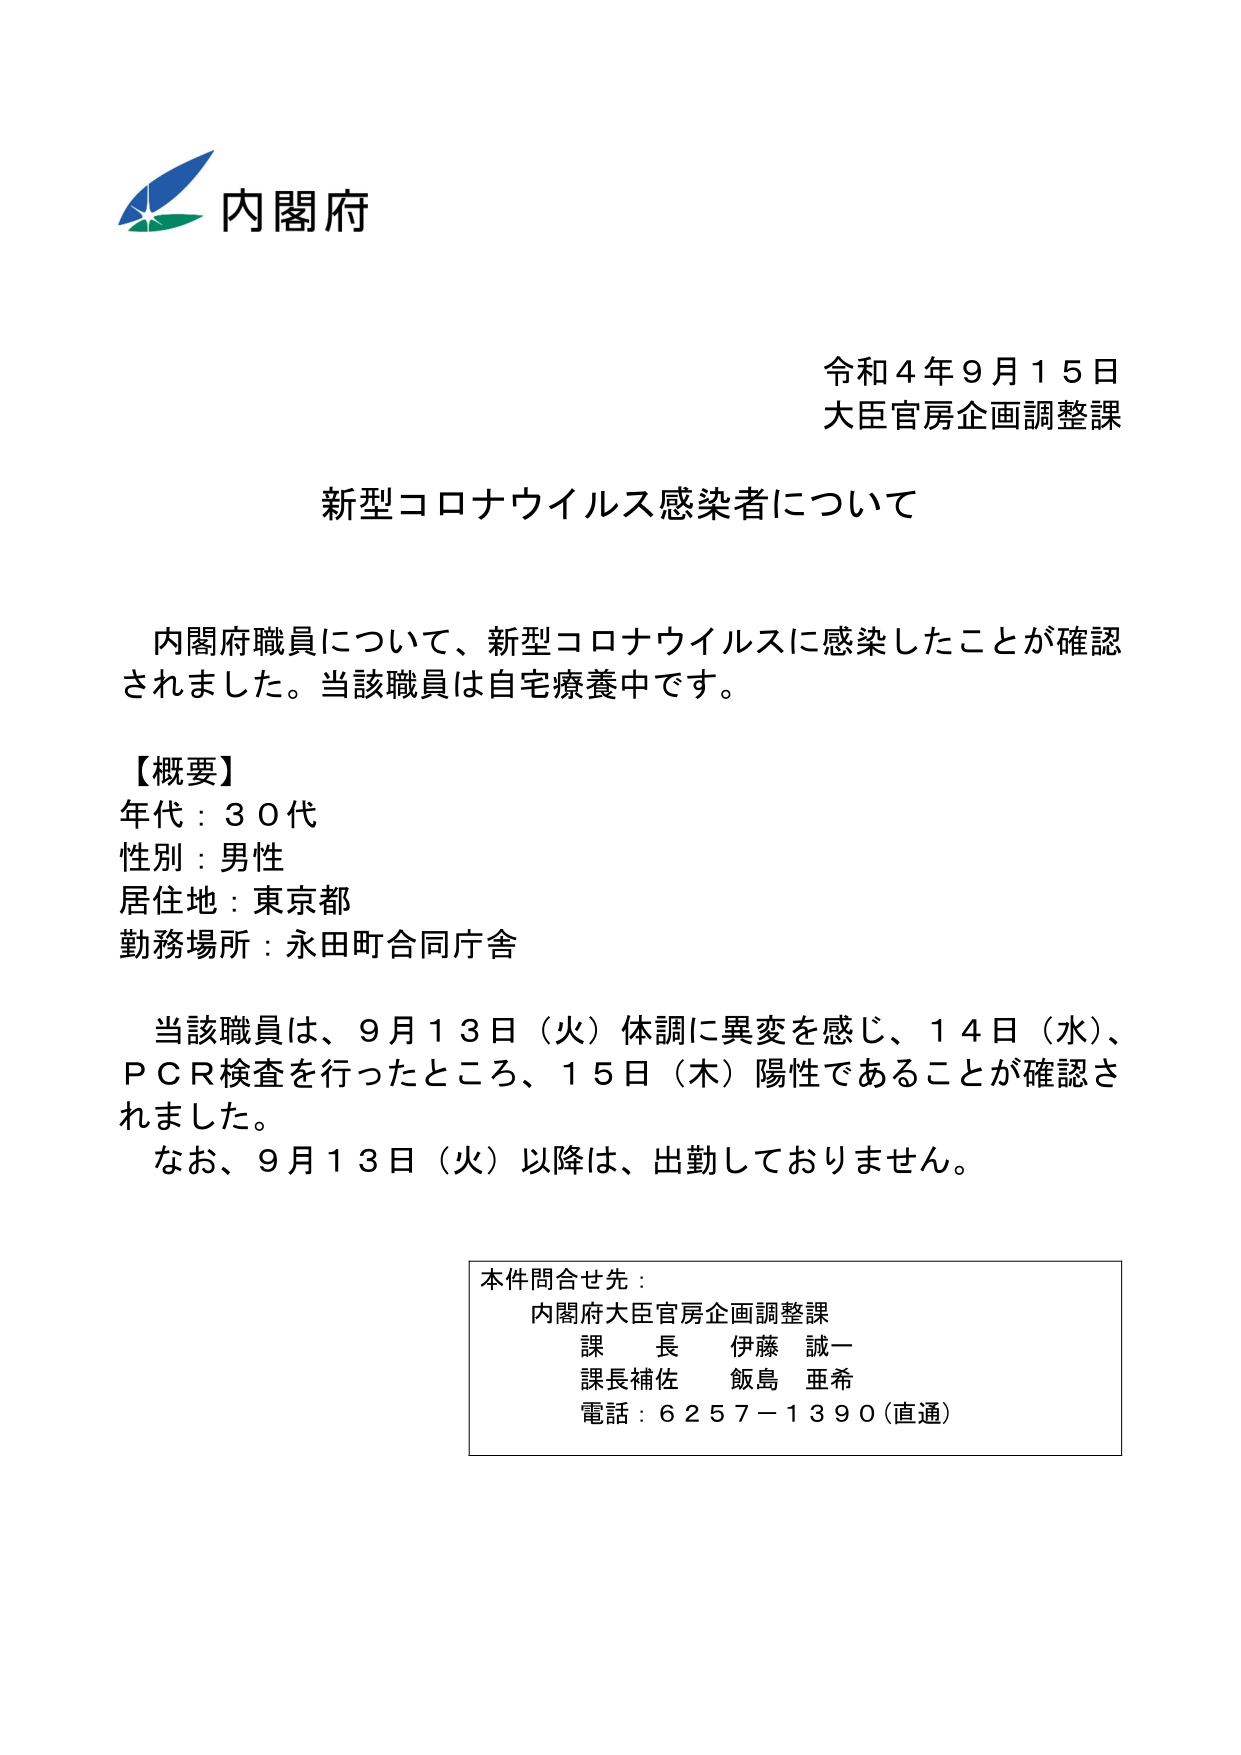
内閣府
令和４年９月１５日
大臣官房企画調整課

新型コロナウイルス感染者について

内閣府職員について、新型コロナウイルスに感染したことが確認されました。当該職員は自宅療養中です。

【概要】
年代：３０代
性別：男性
居住地：東京都
勤務場所：永田町合同庁舎

当該職員は、９月１３日（火）体調に異変を感じ、１４日（水）、ＰＣＲ検査を行ったところ、１５日（木）陽性であることが確認されました。
なお、９月１３日（火）以降は、出勤しておりません。

本件問合せ先：
内閣府大臣官房企画調整課
課　長　伊藤　誠一
課長補佐　飯島　亜希
電話：６２５７－１３９０（直通）